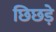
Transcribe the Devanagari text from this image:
छिछड़े